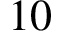
1 0